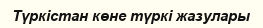
Түркістан көне түркі жазулары